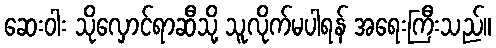
ဆေးဝါး သိုလှောင်ရာဆီသို့ သူလိုက်မပါရန် အရေးကြီးသည်။